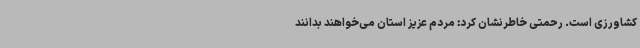
کشاورزی است. رحمتی خاطرنشان کرد: مردم عزیز استان می‌خواهند بدانند